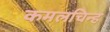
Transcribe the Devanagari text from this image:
कमलचिन्ह